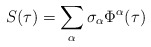
\begin{align*}S(\tau) = \sum_{\alpha} \sigma_{\alpha} \Phi^{\alpha} (\tau)\end{align*}